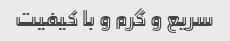
سریع و گرم و با کیفیت